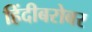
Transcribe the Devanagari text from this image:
हिंदीबरोबर